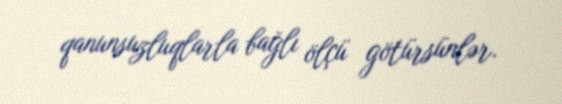
qanunsuzluqlarla bağlı ölçü götürsünlər.